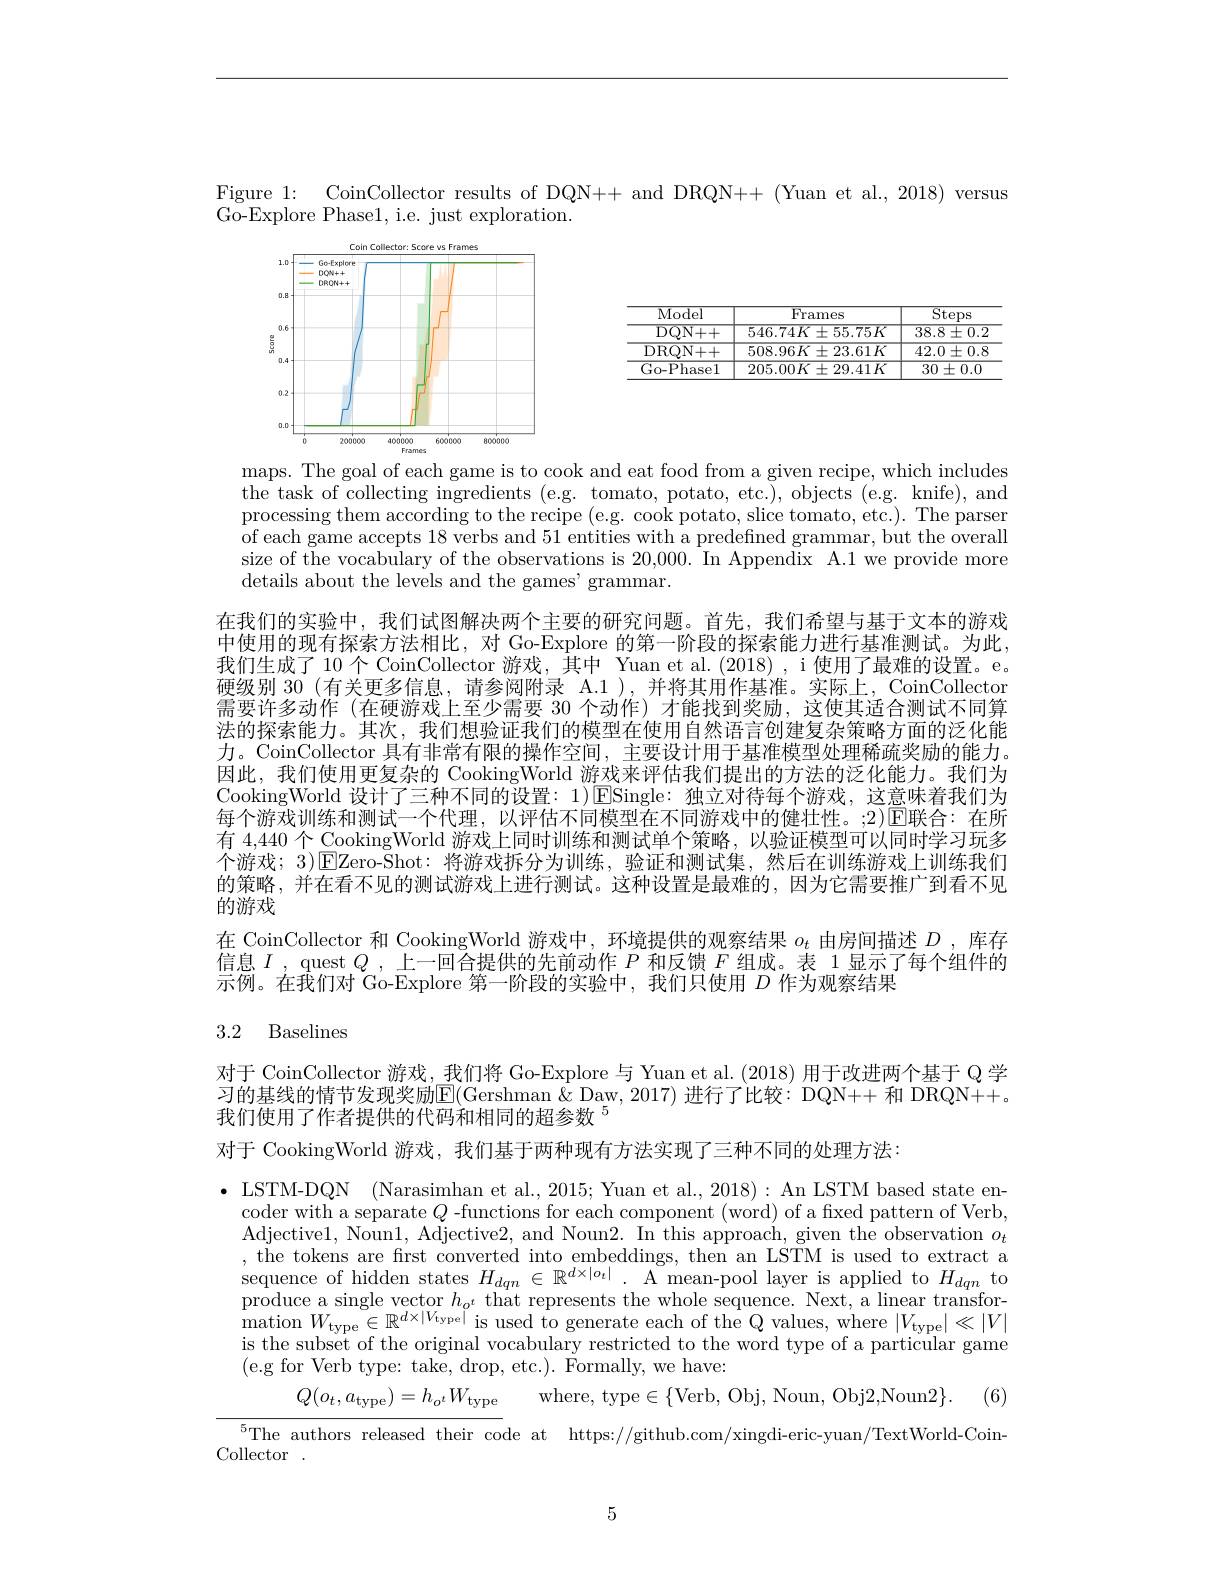
Figure 1: CoinCollector results of DQN++ and DRQN++ (Yuan et al., 2018) versus

Go- Explore Phase1, i. e. just exploration.

<table>
	<tbody>
		<tr>
			<th>Model</th>
			<th>$\operatorname{Frames}$</th>
			<th>Steps</th>
		</tr>
		<tr>
			<td>${\mathrm{DQN++}}$</td>
			<td>$546.74K\pm55.75K$</td>
			<td>$38.8\pm0.2$</td>
		</tr>
		<tr>
			<td>DRQN+ + </td>
			<td>$508.96K\pm23.61K$</td>
			<td>$42.0\pm0.8$</td>
		</tr>
		<tr>
			<td>Go- Phasel</td>
			<td>$205.00K$ $\pm29.41K$</td>
			<td>$30\pm0.0$</td>
		</tr>
	</tbody>
</table>

<FigureHere>

maps. The goal of each game is to cook and eat food from a given recipe, which includes the task of collecting ingredients (e.g. tomato, potato, etc.), objects (e.g. knife), and processing them according to the recipe (e.g. cook potato, slice tomato, etc.). The parser of each game accepts 18 verbs and 51 entities with a predefined grammar, but the overall size of the vocabulary of the observations is 20,000. In Appendix A.1 we provide more details about the levels and the games' grammar.

在我们的实验中，我们试图解决两个主要的研究问题。首先，我们希望与基于文本的游戏中使用的现有探索方法相比，对 Go-Explore 的第一阶段的探索能力进行基准测试。为此， 我们生成了 10个 CoinCollector 游戏，其中 Yuan et al.(2018) , i 使用了最难的设置。e。硬级别 30 (有关更多信息，请参阅附录 A.1),并将其用作基准。实际上，CoinCollector 需要许多动作 (在硬游戏上至少需要 30 个动作)才能找到奖励，这使其适合测试不同算法的探索能力。其次，我们想验证我们的模型在使用自然语言创建复杂策略方面的泛化能力。CoinCollector 具有非常有限的操作空间，主要设计用于基准模型处理稀疏奖励的能力。因此，我们使用更复杂的 CookingWorld 游戏来评估我们提出的方法的泛化能力。我们为CookingWorld 设计了三种不同的设置：1)ESingle:独立对待每个游戏，这意味着我们为每个游戏训练和测试一个代理，以评估不同模型在不同游戏中的健壮性。;2)$\operatorname{E\text{联合：在所}}$ 有 4,440 个 CookingWorld 游戏上同时训练和测试单个策略，以验证模型可以同时学习玩多个游戏；3)$\bar{\text{EZero-Shot:将游戏拆分为训练，验证和测试集，然后在训练游戏上训练我们}}$ 的策略，并在看不见的测试游戏上进行测试。这种设置是最难的，因为它需要推广到看不见的游戏
在 CoinCollector 和 CookingWorld 游戏中，环境提供的观察结果$o_t$由房间描述$D$ ,库存信息$I$, quest $Q$,上一回合提供的先前动作 $P$ 和反馈 $F$ 组成。表 1 显示了每个组件的示例。在我们对 Go-Explore 第一阶段的实验中，我们只使用$D$作为观察结果

## 3.2 Baselines

对于 CoinCollector 游戏，我们将 Go-Explore 与 Yuan et al. (2018) 用于改进两个基于 Q 学习的基线的情节发现奖励E(Gershman &Daw,2017) 进行了比较：DQN++ 和 DRQN++。我们使用了作者提供的代码和相同的超参数 5

对于 CookingWorld 游戏，我们基于两种现有方法实现了三种不同的处理方法：

$\bullet$ LSTM-DQN (Narasimhan et al., 2015; Yuan et al., 2018): An LSTM based state en-
coder with a separate $Q$ -functions for each component (word) of a fixed pattern of Verb, Adjective1, Noun1, Adjective2, and Noun2. In this approach, given the observation $o_t$ , the tokens are first converted into embeddings, then an LSTM is used to extract a produce a single vector $h_{o^{t}}$ that represents the whole sequence. Next, a linear transfor- $\operatorname*{mation}W_{\mathrm{type}}\in\mathbb{R}^{d\times|V_{\mathrm{type}|}\text{ is used to generate each of the Q values, where }|V_{\mathrm{type}|}\ll|V|}$ is the subset of the original vocabulary restricted to the word type of a particular game ( e. g for Verb type: take, drop, etc. ) . Formally, we have:
$Q( o_{t}, a_{\mathrm{type}}) = h_{o^{t}}W_{\mathrm{type}}$ where, type$\in\{$Verb, Obj, Noun, Obj2,Noun2$\} .$ (6)

$^{5}$The authors released their code at https://github.com/xingdi-eric-yuan/TextWorld-Coin-

Collector

5